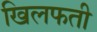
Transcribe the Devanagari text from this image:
खिलफती